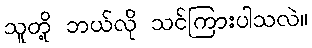
သူတို့ ဘယ်လို သင်ကြားပါသလဲ။